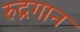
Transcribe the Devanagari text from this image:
रुद्रगान